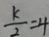
\frac { k } { 2 } = 4